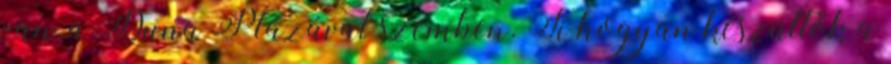
van, a Duna Plázával szemben. Ti hogyan készültök a